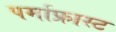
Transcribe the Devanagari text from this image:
पर्माफ्रास्ट